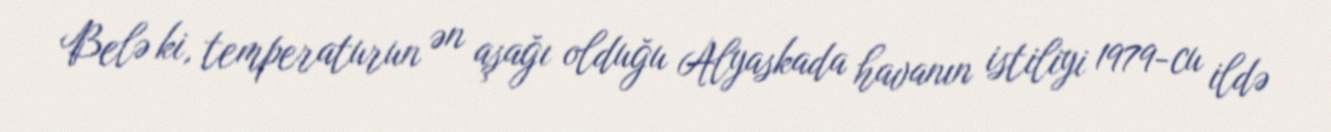
Belə ki, temperaturun ən aşağı olduğu Alyaskada havanın istiliyi 1979-cu ildə